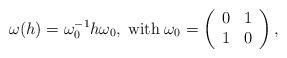
LaTeX: \begin{align*}\omega(h) = \omega^{-1}_0 h \omega_0, \; \mathrm{with} \;\omega_0 = \left( \begin{array}{cc} 0 & 1 \\ 1 & 0 \end{array} \right),\end{align*}